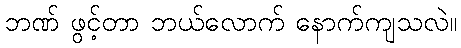
ဘဏ် ဖွင့်တာ ဘယ်လောက် နောက်ကျသလဲ။